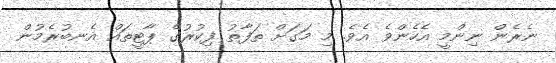
ނެރެން ނިންމީ އެހެންވެ އެވެ. މި މަގަށް ތަފާތު ފިކުރުގެ ޕާޓީތައް އެނބުރެމުން